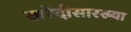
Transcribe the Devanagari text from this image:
खरेदीसारख्या